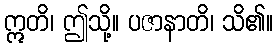
ဣတိ၊ ဤသို့။ ပဇာနာတိ၊ သိ၏။